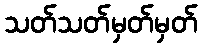
သတ်သတ်မှတ်မှတ်